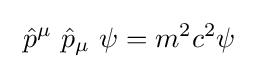
\ {\hat {p}}^{\mu }\ {\hat {p}}_{\mu }\ \psi =m^{2}c^{2}\psi \